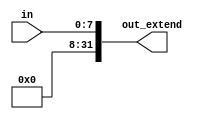
module zero_extend #(
    parameter   INPUT_WIDTH=8,
                OUTPUT_WIDTH=32
)(
input	wire	[INPUT_WIDTH-1:0]		in,
output	wire	[OUTPUT_WIDTH-1:0]		out_extend

);


localparam width = OUTPUT_WIDTH - INPUT_WIDTH;


assign out_extend [INPUT_WIDTH-1:0] = in;
assign out_extend [OUTPUT_WIDTH-1:INPUT_WIDTH] = {width{1'b0}};


endmodule